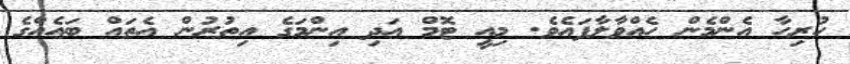
ހުރިހާ އެންމެން ހެއްވާލާފައެވެ. މިއީ ޓޮމް އަދި އިންމަގެ އިތުރުން އެތައް ބައެއްގެ